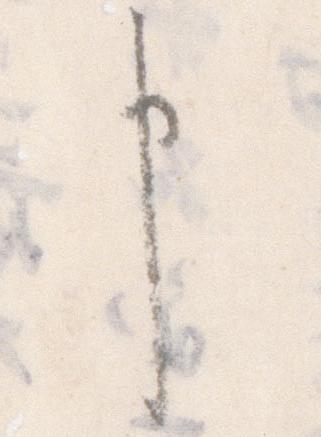
申